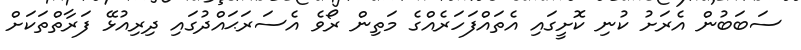
ސަބަބުން އެރަށު ކުނި ކޮށީގައި އެތައްފަހަރެއްގެ މަތިން ރޯވެ އެސަރަޙައްދުގައި ދިރިއުޅޭ ފަރާތްތަކަށް